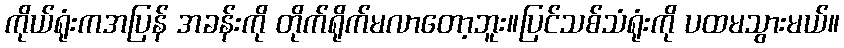
ကိုယ်ရုံးကအပြန် အခန်းကို တိုက်ရိုက်မလာတော့ဘူး။ပြင်သစ်သံရုံးကို ပထမသွားမယ်။